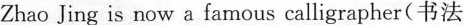
Zhao Jing is now a famous calligrapher(书法